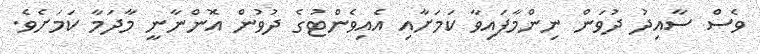
ވެސް ސާއިދު ދުވަން ނިންމާފައިވާ ކަމަށާއި އެއިވެންޓުގެ ދުވުން އޮންނާނީ މާދަމާ ކަމަށެވެ.